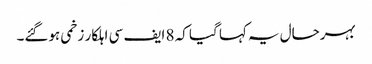
بہرحال یہ کہا گیا کہ 8 ایف سی اہلکار زخمی ہوگئے۔